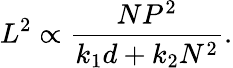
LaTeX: L^{2}\propto\frac{NP^{2}}{k_{1}d+k_{2}N^{2}}.